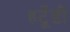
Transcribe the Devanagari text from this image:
हटूँडी